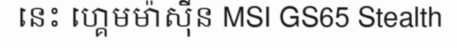
នេះ ហ្គេមម៉ាស៊ីន MSI GS65 Stealth